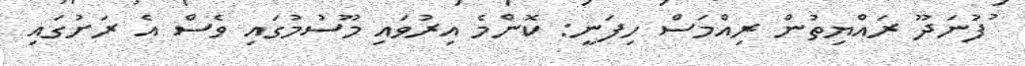
ުފުނަދޫ ރައްޔިތުން ރިއްމަސް ހިފަނީ: ކޮންމެ އިރުވައި މޫސުމުގައި ވެސް އެ ރަށުގައި